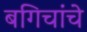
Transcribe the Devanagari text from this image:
बगिचांचे